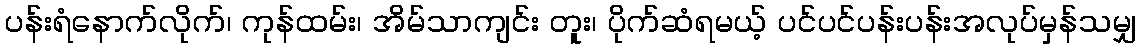
ပန်းရံနောက်လိုက်၊ ကုန်ထမ်း၊ အိမ်သာကျင်း တူး၊ ပိုက်ဆံရမယ့် ပင်ပင်ပန်းပန်းအလုပ်မှန်သမျှ